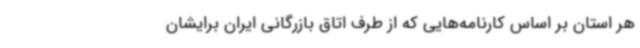
هر استان بر اساس کارنامه‌هایی که از طرف اتاق بازرگانی ایران برایشان